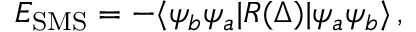
\begin{array} { r } { E _ { \mathrm { S M S } } = - \langle \psi _ { b } \psi _ { a } | R ( \Delta ) | \psi _ { a } \psi _ { b } \rangle \, , } \end{array}